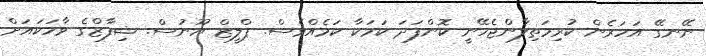
ނޭނގޭ އަހަރެން ކުރިމަތިލާންޖެހޭނީ ކޮންފަދަ ކަމަކާ ކަމެއްވެސް. ޕްލީޒް ޔޫނުސް. ޝިފާޒްގެ ވާހަކައަށް